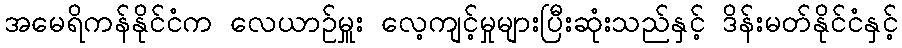
အမေရိကန်နိုင်ငံက လေယာဉ်မှူး လေ့ကျင့်မှုများပြီးဆုံးသည်နှင့် ဒိန်းမတ်နိုင်ငံနှင့်